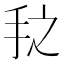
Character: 𰓇